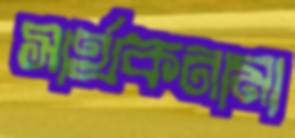
সার্থকনামা